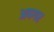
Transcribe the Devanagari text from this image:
अपगर